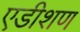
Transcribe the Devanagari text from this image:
एडीशण